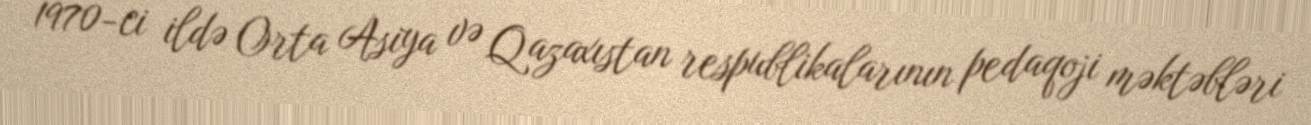
1970-ci ildə Orta Asiya və Qazaxıstan respublikalarının pedaqoji məktəbləri